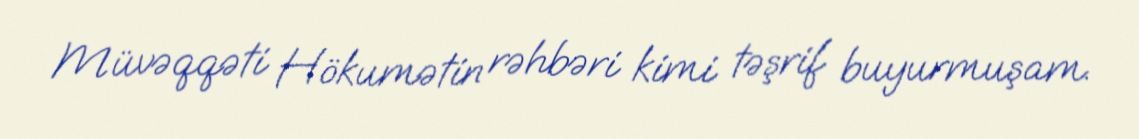
Müvəqqəti Hökumətin rəhbəri kimi təşrif buyurmuşam.